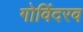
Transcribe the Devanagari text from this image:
गोविंदरव